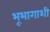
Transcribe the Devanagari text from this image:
भूभागाशी